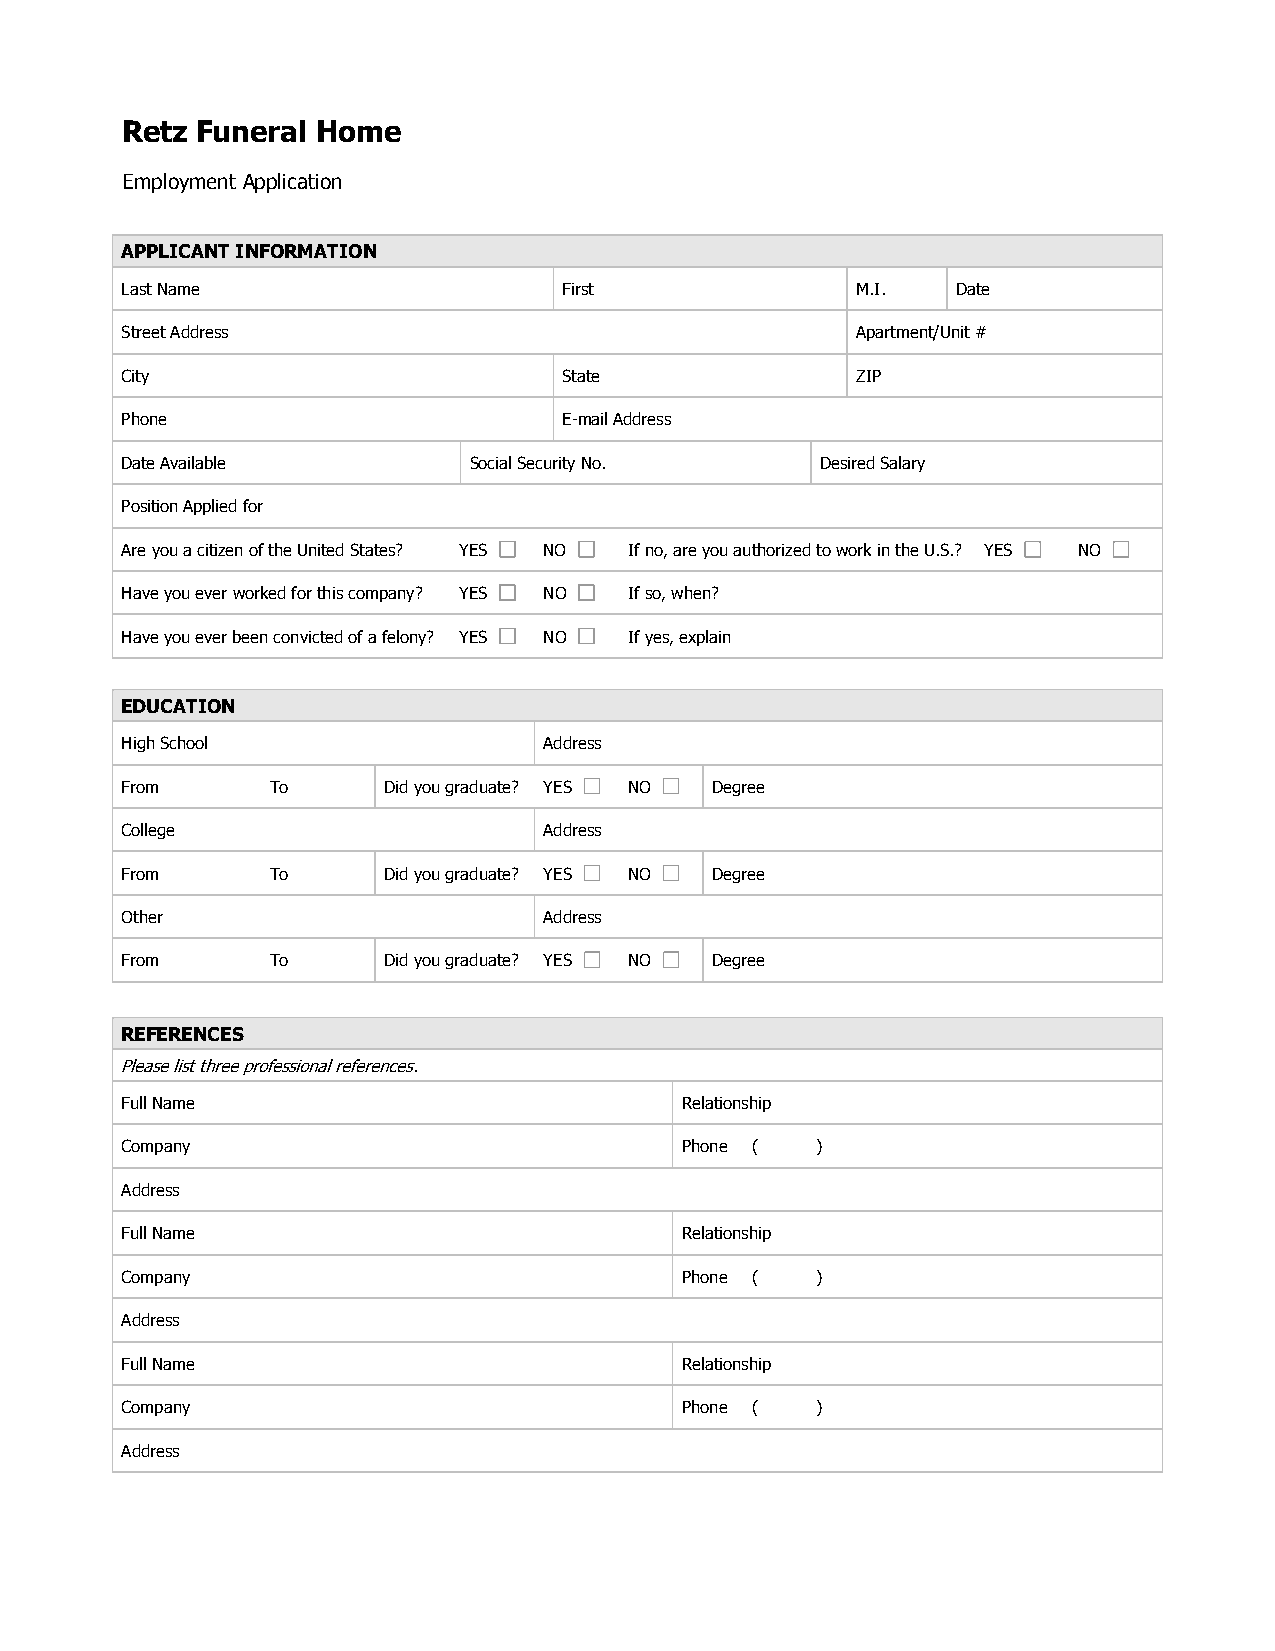
Retz Funeral Home
 Employment Application
 APPLICANT INFORMATION
 Last Name                    First               M.I.  Date
 Street Address                                   Apartment/Unit #
 City                         State               ZIP
 Phone                        E-mail Address
 Date Available         Social Security No.    Desired Salary
 Position Applied for
 Are you a citizen of the United States? YES NO If no, are you authorized to work in the U.S.? YES NO
 Have you ever worked for this company? YES NO If so, when?
 Have you ever been convicted of a felony? YES NO If yes, explain
 EDUCATION
 High School                 Address
 From      To     Did you graduate? YES NO Degree
 College                     Address
 From      To     Did you graduate? YES NO Degree
 Other                       Address
 From      To     Did you graduate? YES NO Degree
 REFERENCES
 Please list three professional references.
 Full Name                            Relationship
 Company                              Phone (  )
 Address
 Full Name                            Relationship
 Company                              Phone (  )
 Address
 Full Name                            Relationship
 Company                              Phone (  )
 Address